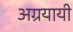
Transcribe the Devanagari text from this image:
अग्रयायी